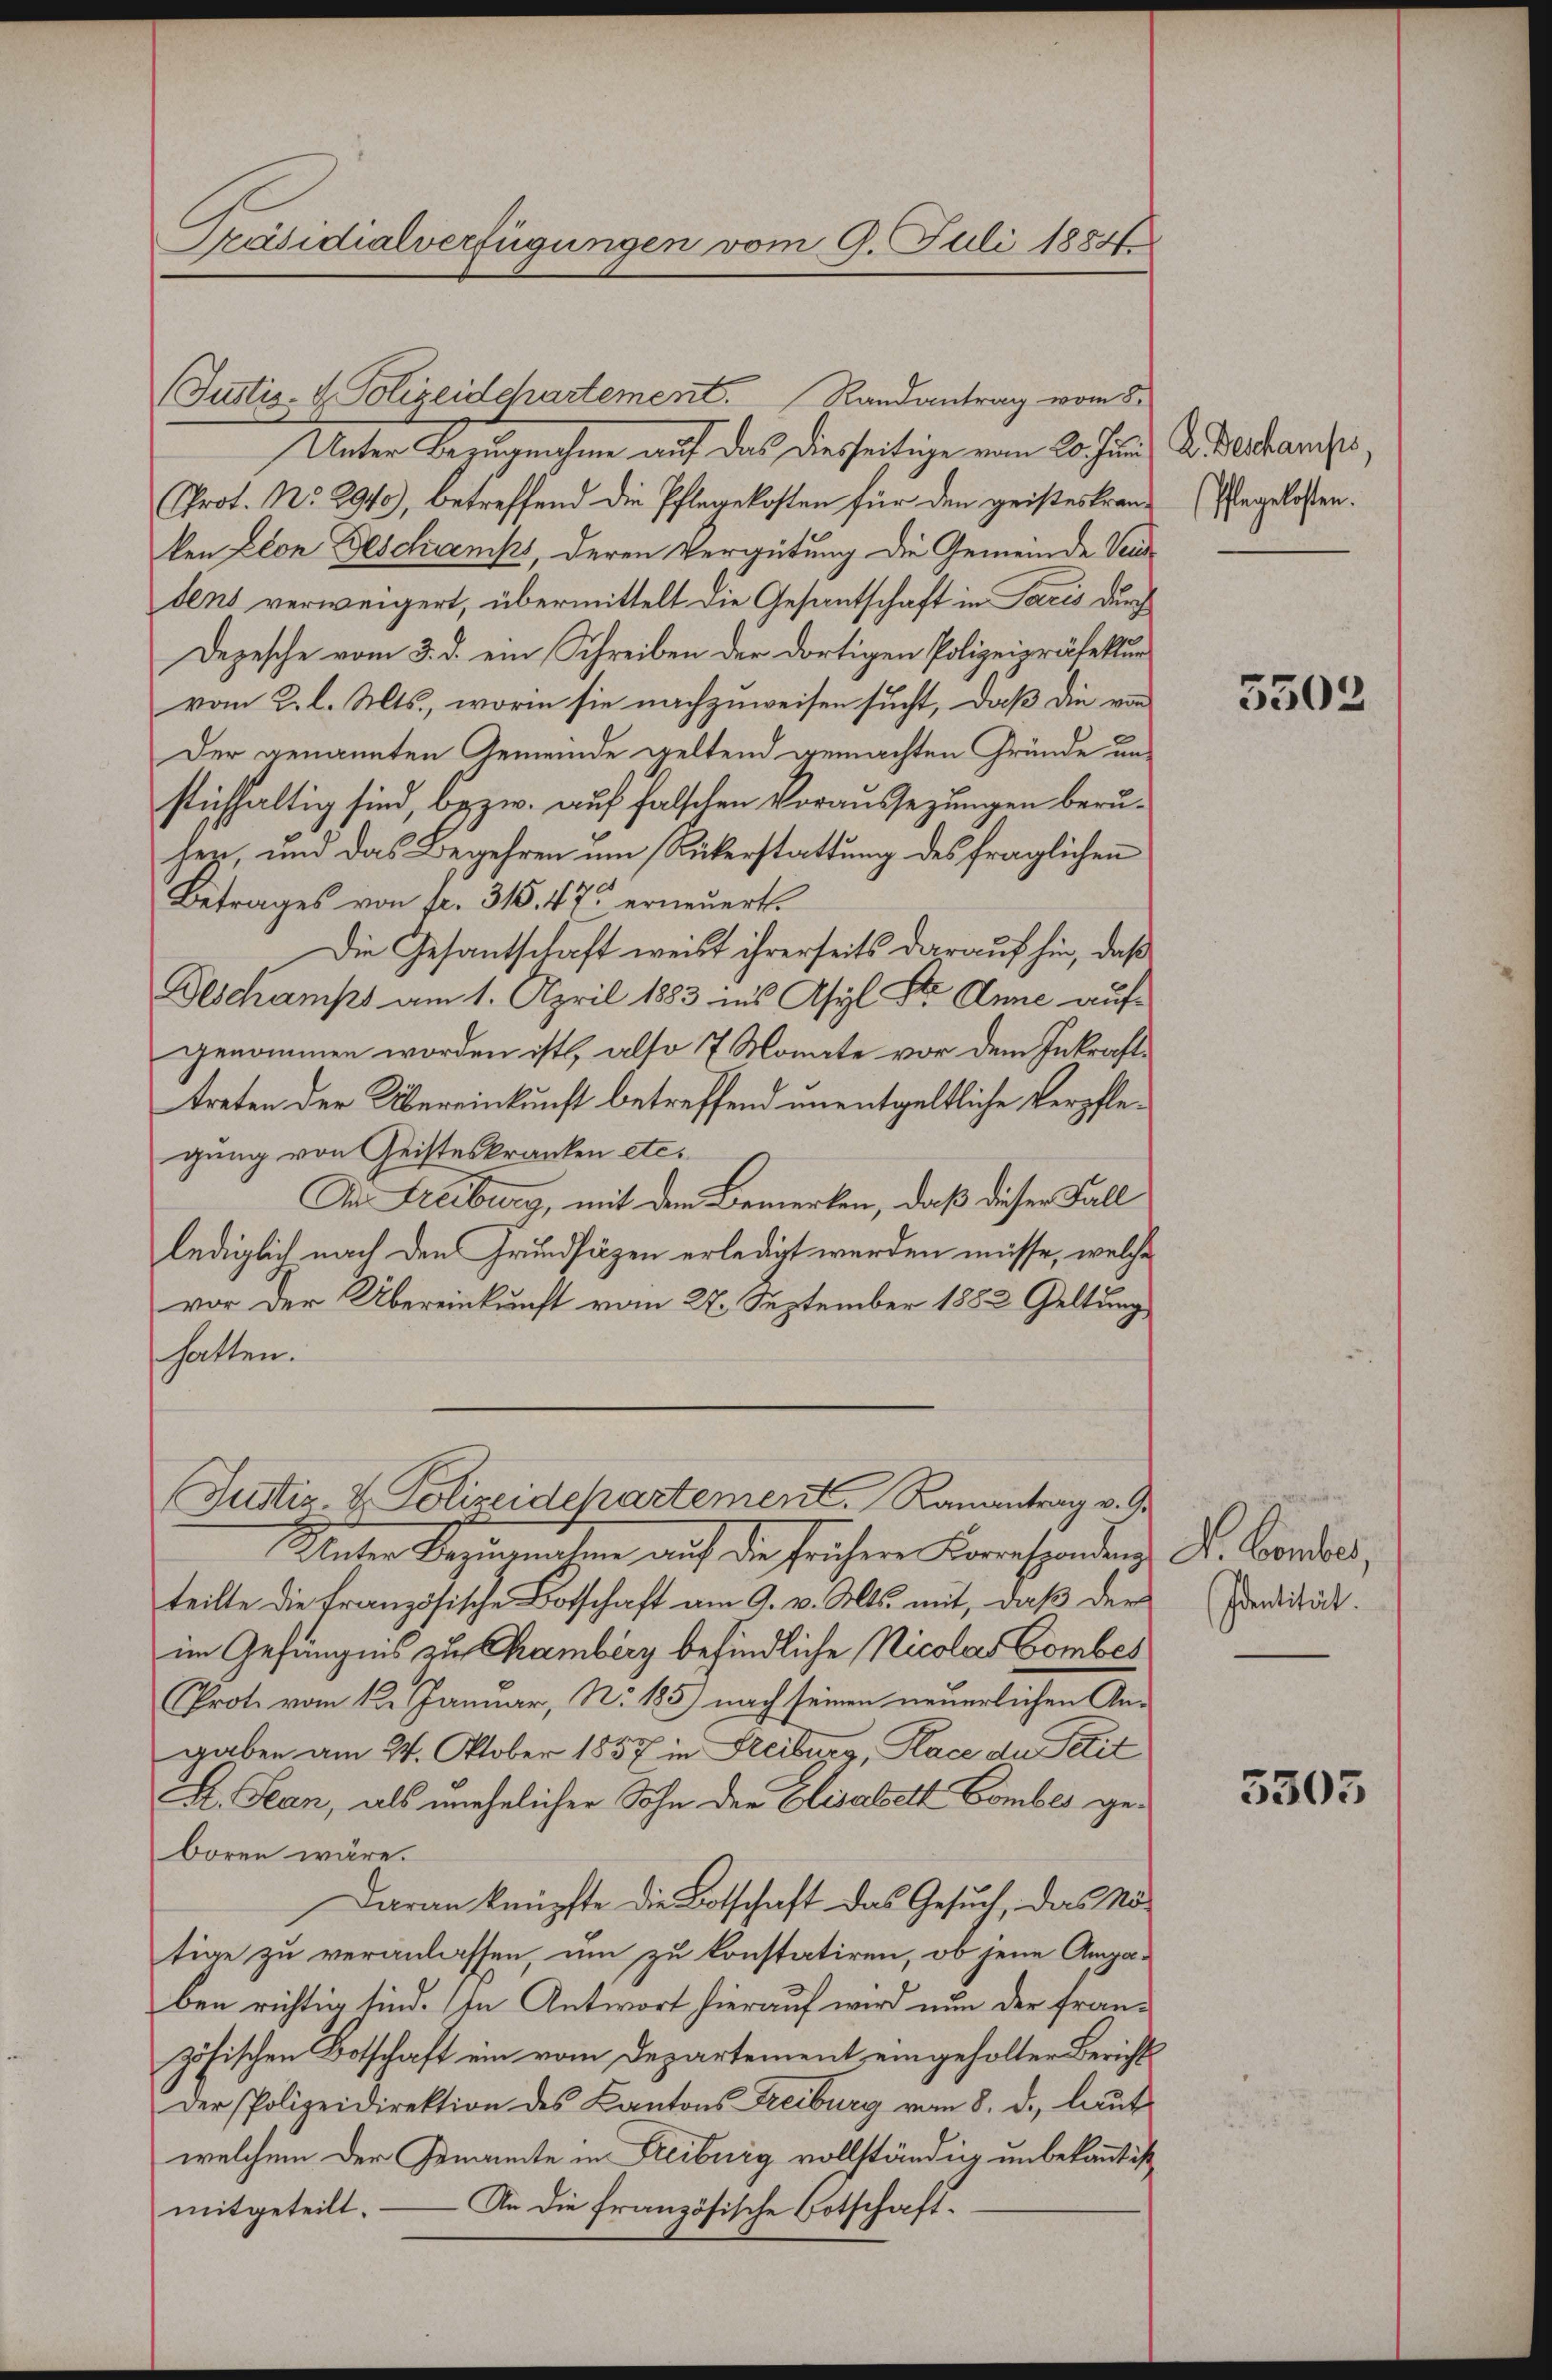
Präsidialverfügungen vom 9. Juli 1884

(Justiz- & Polizeidchartement. Randantrag vom 5.
Unter Bezugnahme auf das dieseitige vom 20. Jun. A. Dechanises,
Prot. No. 2910), betreffend die Pflegekosten für den geisteskranken Elon Beschanks, deren Vergütung die Gemeinde Verdens verweigert, übermittelt die Gesantschaft in Paris durch
Depesche vom 3. d. ein Schreiben der dortigen Polizeipräsekur
vom 2. l. Mts., worin sie nachzuweisen sucht, daß die von
Der genannten Gemeinde geltend gemachten Gründe unstichhaltig sind, bezw. auf falschen Voraussezungen beruhen, und das Begehren um Rükerstattung des fraglichen
Betrages von fr. 315. 475 erneuert.
Die Gesantschaft weist ihrerseits darauf hin, daß
Beschamps am 1. April 1883 ins Asyl Dr. Anne aufgenommen worden ist, also 17 Monate vor dem Inkrafttreten der Übereinkunft betreffend unentgeltliche Verpflegung von Geisteskranken etc.
In Freiburg, mit dem Bemerken, daß dieser Fall
lediglich nach den Grundsäzen erledigt werden müsse, welche
vor der Übereinkunft vom 27. September 1882 Geltung
hatten.
Justiz- & Polizeidehartement. Ranantrag v. S
Unter Reginalen auf die frühere Korresponden L. Condes,
teilte die französische Botschaft am 9. v. Mts. mit, daß der
im Gefängnis zu Chamberg befindliche Nicolas Combes
Prote vom 12. Januar, N. 185) nach seinen neuerlichen Angaben am 24. Oktober 1857 in Freiburg, Place der Petit
A. Jean, als unehelicher Sohn der Elisabeth Gomber geboren wäre.
Daran knüpfte die Botschaft das Gesuch, das Nötige zu veranlassen, um zu konstatiren, ob jene Angaben richtig sind. (in Antwort hierauf wird nun der französischen Botschaft ein vom Departement eingeholter Berichts
Der Polizeidirektion des Kantons Treiburg vom 8. d. laut
welchem der Genannte in Freiburg vollständig unbekannt ist
An die französische Botschaftmitgeteilt.

Pfegelosten.

5503

Identität.

5305